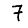
Digit: 7